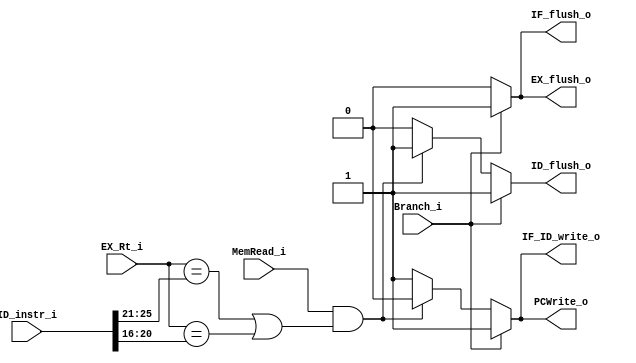
// 110550108
module Hazard_Detection(
    Branch_i,
    MemRead_i,
    EX_Rt_i,
    ID_instr_i,
    PCWrite_o,
    IF_ID_write_o,
    IF_flush_o,
    ID_flush_o,
    EX_flush_o
);

input        Branch_i;
input        MemRead_i;
input [ 4:0] EX_Rt_i;
input [31:0] ID_instr_i;

output       PCWrite_o;
output       IF_ID_write_o;
output       IF_flush_o;
output       ID_flush_o;
output       EX_flush_o;

reg          PCWrite_o;
reg          IF_ID_write_o;
reg          IF_flush_o;
reg          ID_flush_o;
reg          EX_flush_o;

always @(*) begin
    // branch hazard
    if (Branch_i) begin
        PCWrite_o <= 1'b1;
        IF_ID_write_o <= 1'b1;
        IF_flush_o <= 1'b1;
        ID_flush_o <= 1'b1;
        EX_flush_o <= 1'b1;
    end
    // load-use hazard 
    else if (MemRead_i && (EX_Rt_i == ID_instr_i[25:21] || EX_Rt_i == ID_instr_i[20:16])) begin
        PCWrite_o <= 1'b0;
        IF_ID_write_o <= 1'b0;
        IF_flush_o <= 1'b0;
        ID_flush_o <= 1'b1;
        EX_flush_o <= 1'b0;
    end
    // no hazard
    else begin
        PCWrite_o <= 1'b1;
        IF_ID_write_o <= 1'b1;
        IF_flush_o <= 1'b0;
        ID_flush_o <= 1'b0;
        EX_flush_o <= 1'b0;
    end
end

endmodule